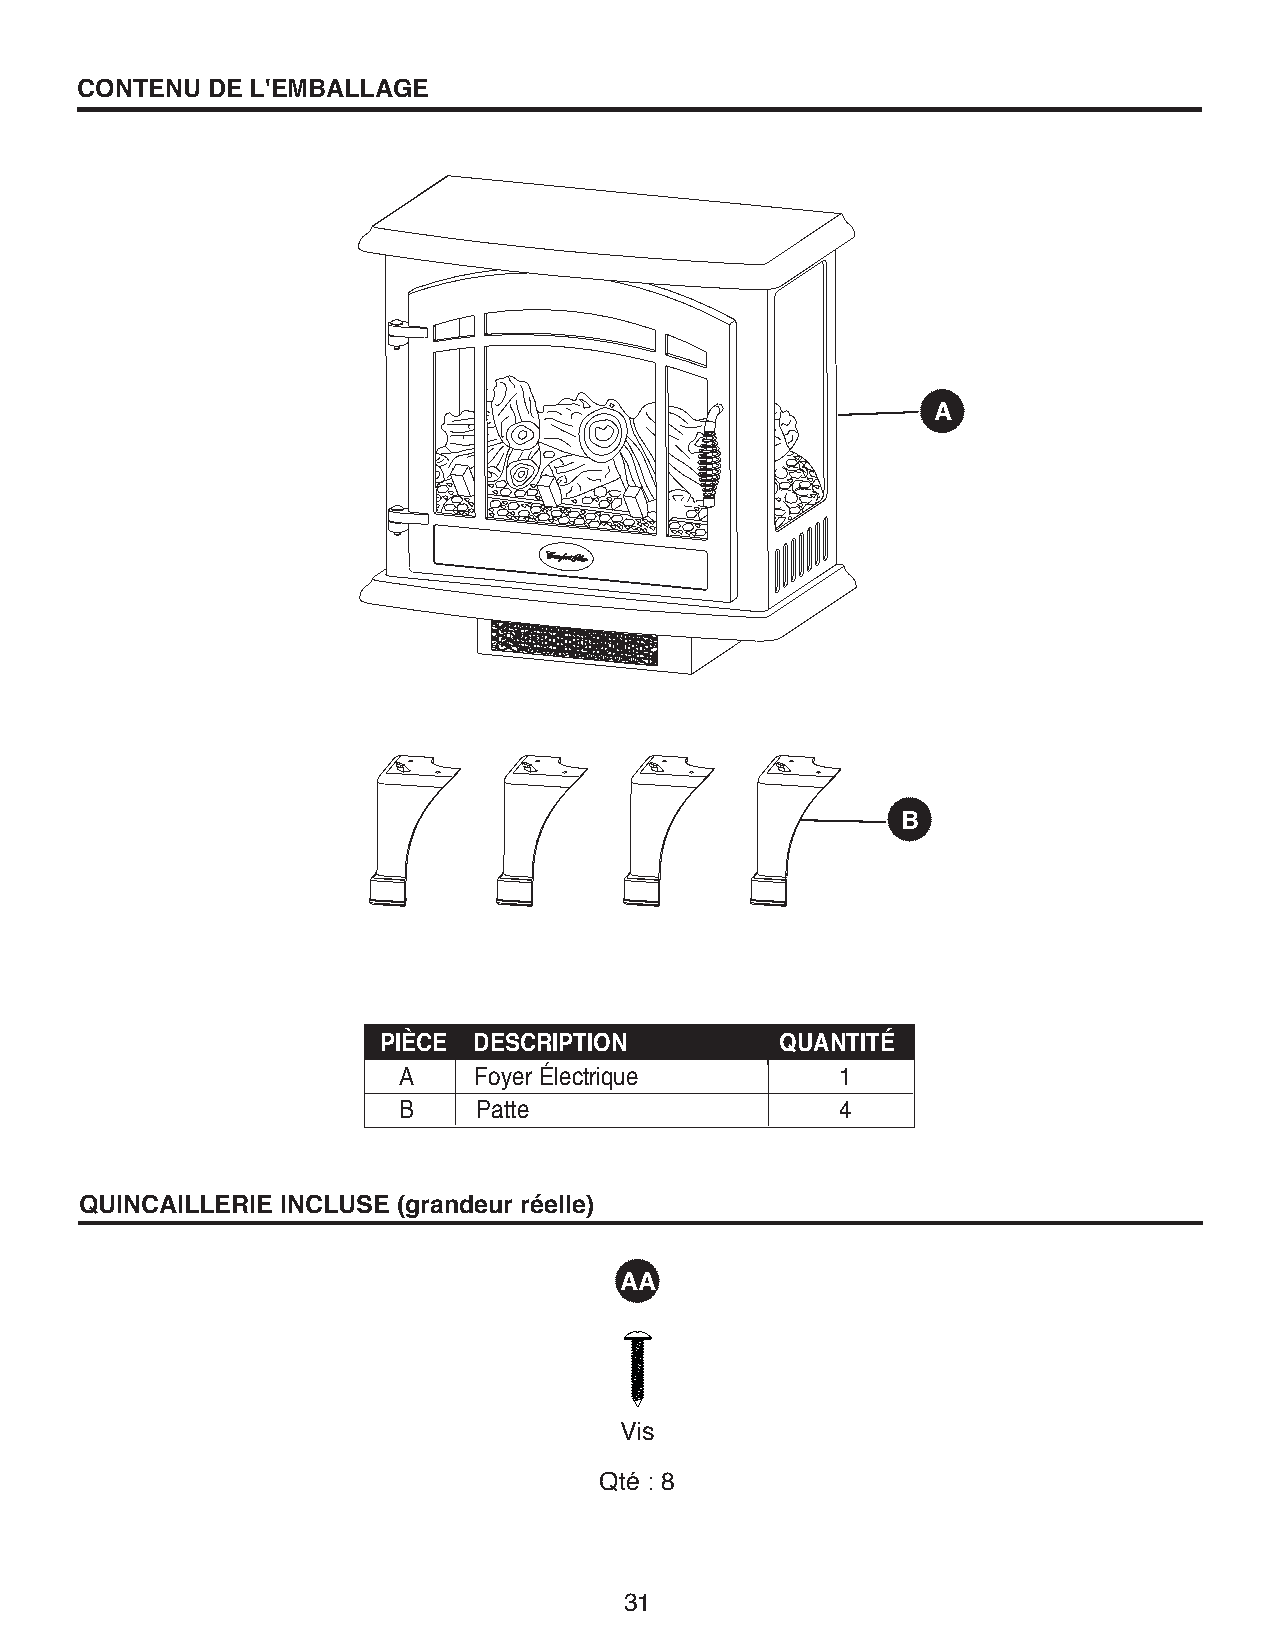
CONTENU  DE L'EMBALLAGE
 A
 B
 PIèCE DESCRIPTION          QUANTITÉ
 A    Foyer Électrique         1
 B     Patte                   4
 QUINCAILLERIE INCLUSE (grandeur réelle)
 AA
 Vis
 Qté : 8
 31